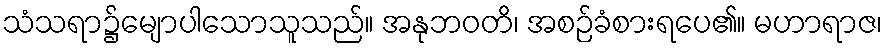
သံသရာ၌မျောပါသောသူသည်။ အနုဘဝတိ၊ အစဉ်ခံစားရပေ၏။ မဟာရာဇ၊